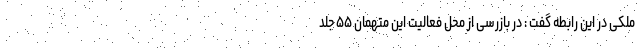
ملکی در این رابطه گفت : در بازرسی از محل فعالیت این متهمان ۵۵ جلد